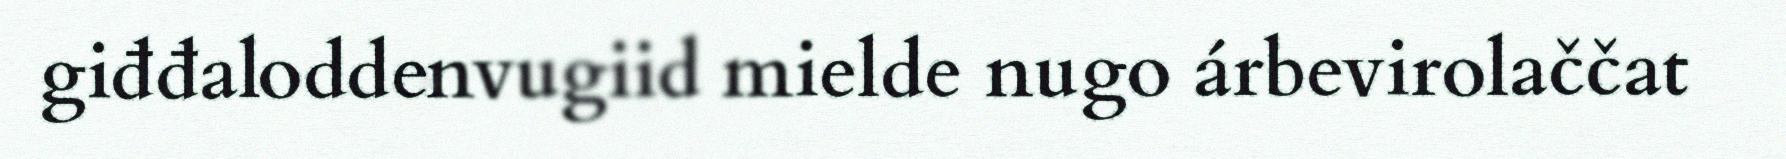
giđđaloddenvugiid mielde nugo árbevirolaččat